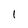
Character: I